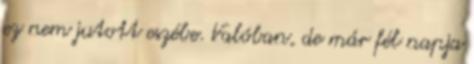
ez nem jutott eszébe. Valóban, de már fél napja